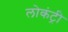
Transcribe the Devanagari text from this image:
लोकंट्री